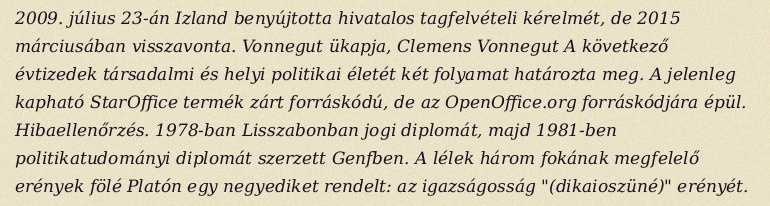
2009. július 23-án Izland benyújtotta hivatalos tagfelvételi kérelmét, de 2015 márciusában visszavonta. Vonnegut ükapja, Clemens Vonnegut A következő évtizedek társadalmi és helyi politikai életét két folyamat határozta meg. A jelenleg kapható StarOffice termék zárt forráskódú, de az OpenOffice.org forráskódjára épül. Hibaellenőrzés. 1978-ban Lisszabonban jogi diplomát, majd 1981-ben politikatudományi diplomát szerzett Genfben. A lélek három fokának megfelelő erények fölé Platón egy negyediket rendelt: az igazságosság "(dikaioszüné)" erényét.